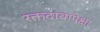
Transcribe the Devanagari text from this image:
रक्तदाबापेक्षा